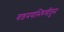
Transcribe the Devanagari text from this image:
वाङमयाभिरुचीतून